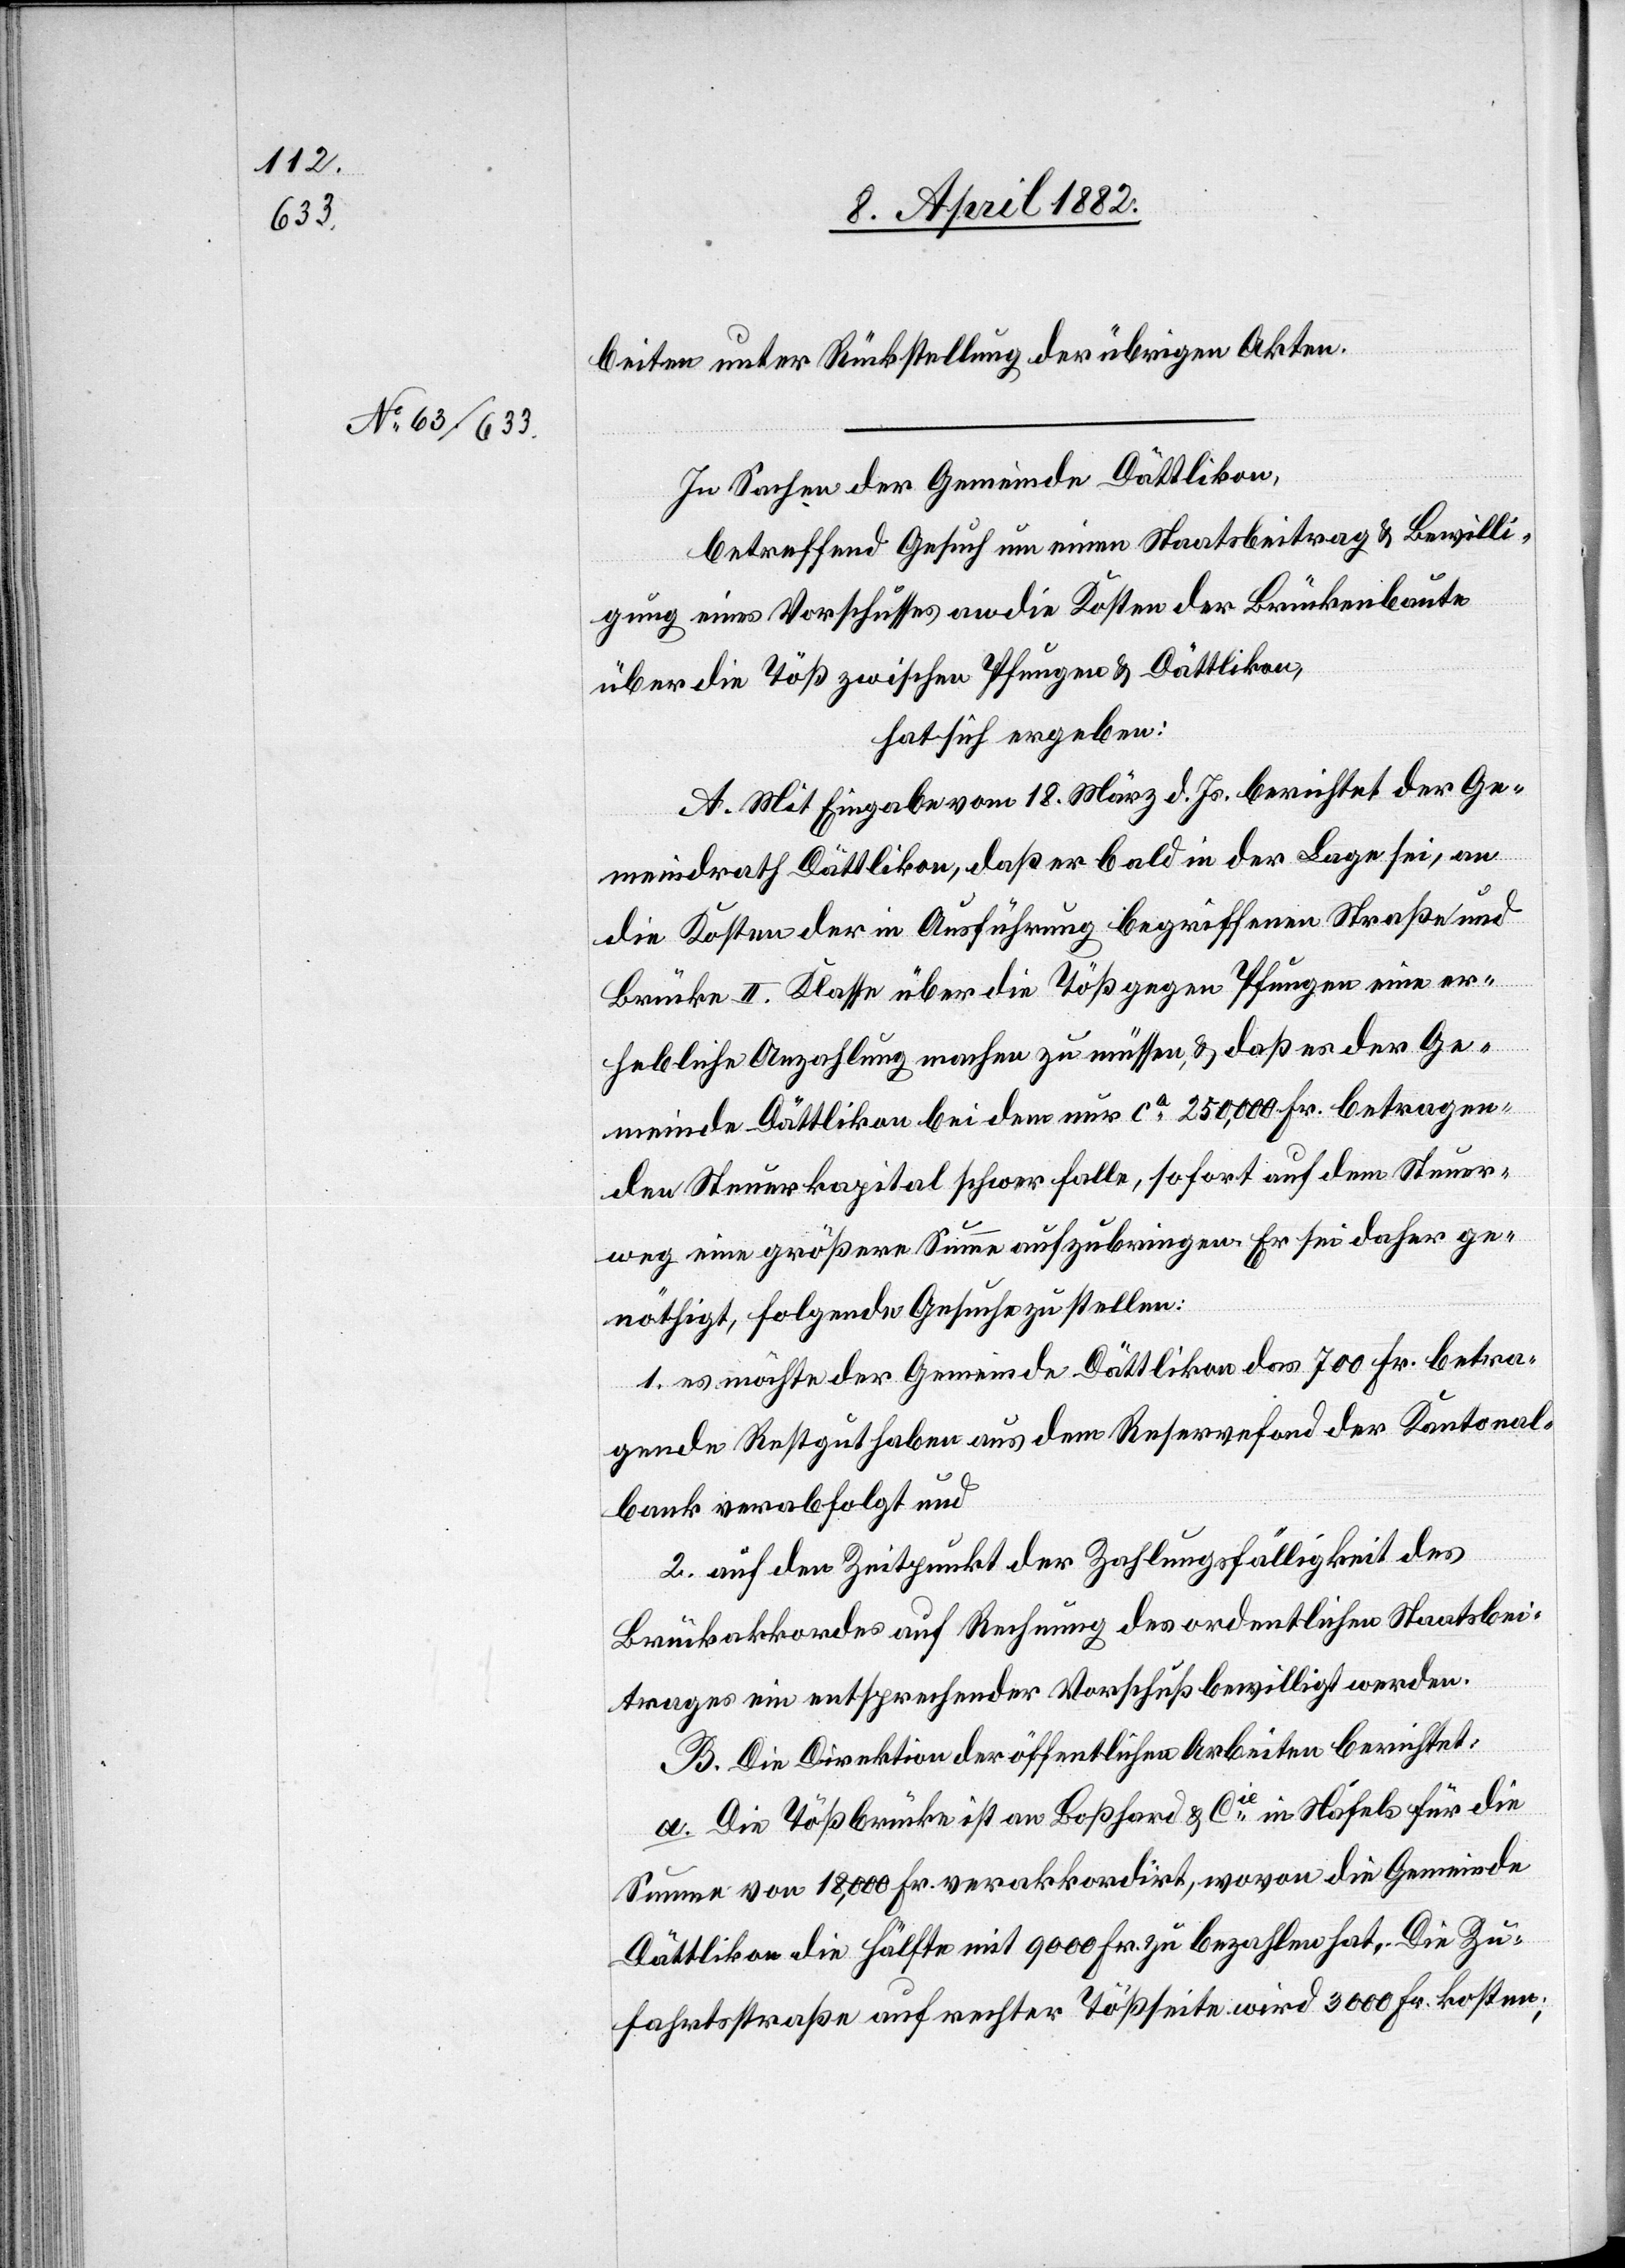
beiten unter Rückstellung der übrigen Akten.
In Sachen der Gemeinde Dättlikon,
betreffend Gesuch um einen Staatsbeitrag & Bewilli¬
gung eines Vorschusses an die Kosten der Brückenbaute
über die Töß zwischen Pfungen & Dättlikon,
hat sich ergeben:
A. Mit Eingabe vom 18. März d. Js. berichtet der Ge¬
meindrath Dättlikon, daß er bald in der Lage sei, an
die Kosten der in Ausführung begriffenen Straße und
Brücke II. Klasse über die Töß gegen Pfungen eine er¬
hebliche Anzahlung machen zu müssen, & daß es der Ge¬
meinde Dättlikon bei dem nur ca 250,000 Fr. betragen¬
den Steuerkapital schwer falle, sofort auf dem Steuer¬
weg eine größere Summe aufzubringen. Er sei daher ge¬
nöthigt, folgende Gesuche zu stellen:
1. es möchte der Gemeinde Dättlikon das 700 Fr. betra¬
gende Restguthaben aus dem Reservefond der Kantonal¬
bank verabfolgt und
2. auf den Zeitpunkt der Zahlungsfälligkeit des
Brückakkordes auf Rechnung des ordentlichen Staatsbei¬
trages ein entsprechender Vorschuß bewilligt werden.
B. Die Direktion der öffentlichen Arbeiten berichtet:
a. Die Tößbrücke ist an Boßhard & Cie in Näfels für die
Summe von 18,000 Fr. verakkordirt, wovon die Gemeinde
Dättlikon die Hälfte mit 9000 Fr. zu bezahlen hat. Die Zu¬
fahrtsstraße auf rechter Tößseite wird 3000 Fr. kosten;